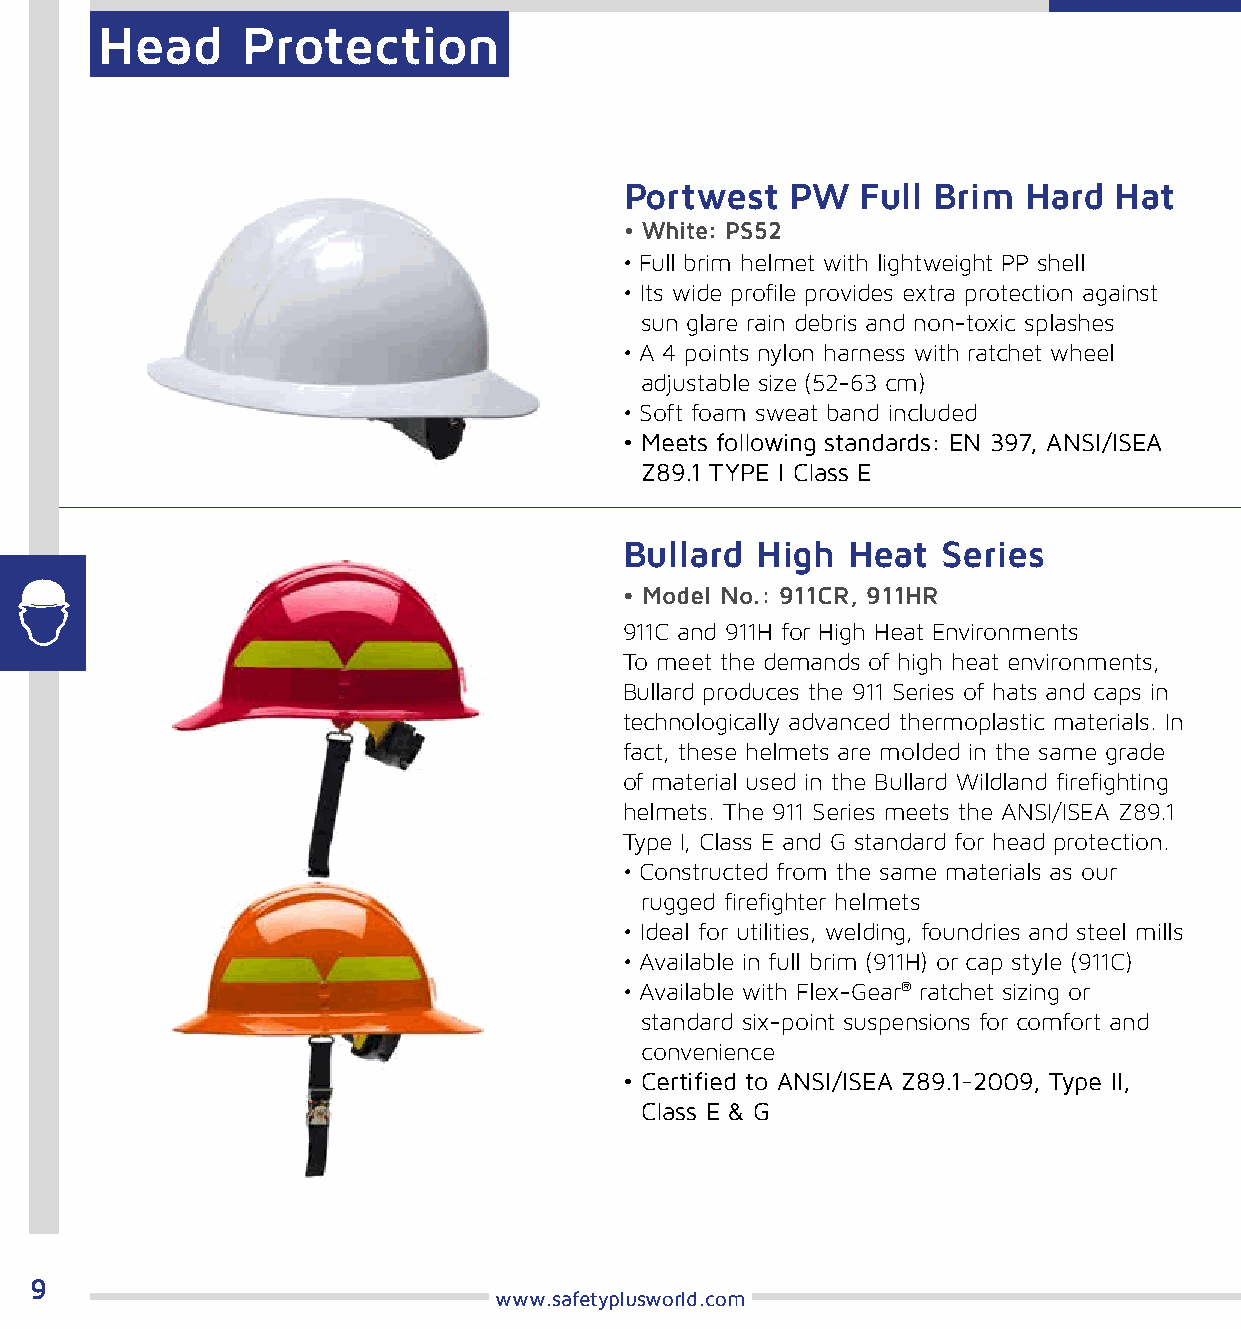
Head      Protection
 Portwest   PW   Full Brim  Hard  Hat
 • White: PS52
 • Full brim helmet with lightweight PP shell
 • Its wide profile provides extra protection against
 sun glare rain debris and non-toxic splashes
 • A 4 points nylon harness with ratchet wheel
 adjustable size (52-63 cm)
 • Soft foam sweat band included
 • Meets following standards: EN 397, ANSI/ISEA
 Z89.1 TYPE I Class E
 Bullard  High  Heat  Series
 • Model No.: 911CR, 911HR
 911C and 911H for High Heat Environments
 To meet the demands of high heat environments,
 Bullard produces the 911 Series of hats and caps in
 technologically advanced thermoplastic materials. In
 fact, these helmets are molded in the same grade
 of material used in the Bullard Wildland firefighting
 helmets. The 911 Series meets the ANSI/ISEA Z89.1
 Type I, Class E and G standard for head protection.
 • Constructed from the same materials as our
 rugged firefighter helmets
 • Ideal for utilities, welding, foundries and steel mills
 • Available in full brim (911H) or cap style (911C)
 • Available with Flex-Gear® ratchet sizing or
 standard six-point suspensions for comfort and
 convenience
 • Certified to ANSI/ISEA Z89.1-2009, Type II,
 Class E & G
 9
 www.safetyplusworld.com